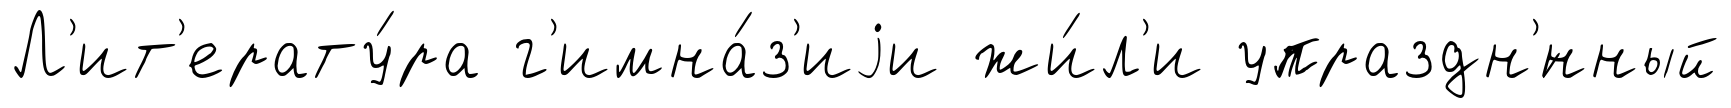
Л'ит'ерату́ра г'имна́з'иjи жи́л'и упраздн'́нный